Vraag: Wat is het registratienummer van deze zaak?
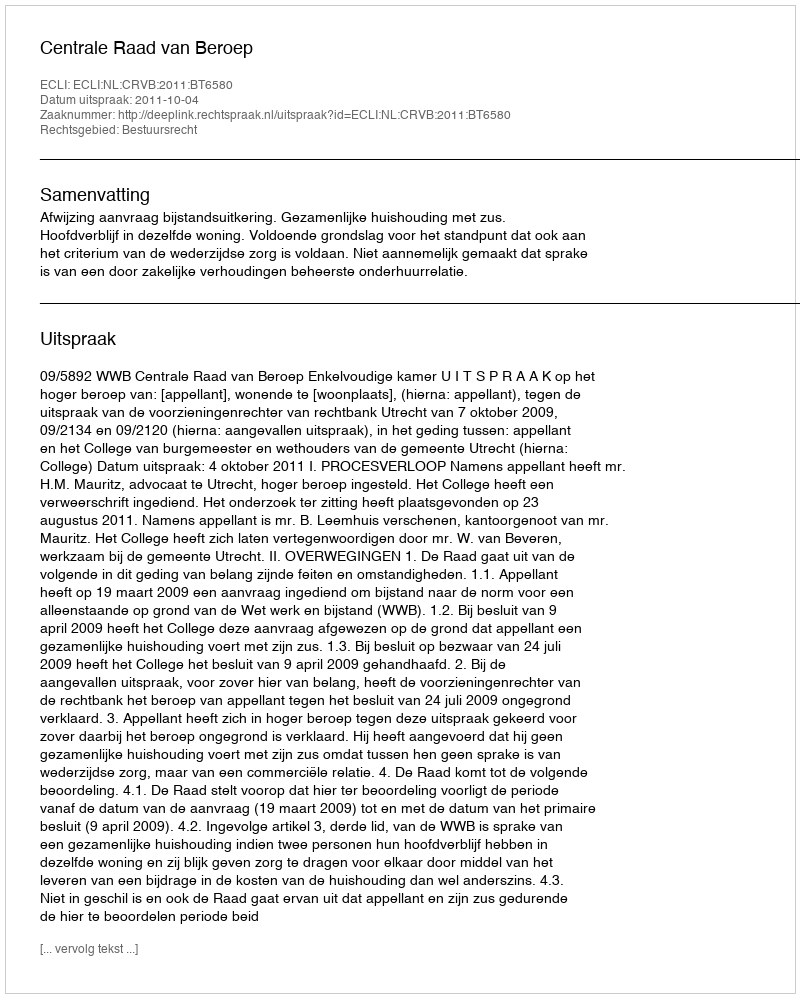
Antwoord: http://deeplink.rechtspraak.nl/uitspraak?id=ECLI:NL:CRVB:2011:BT6580